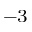
^ { - 3 }